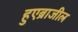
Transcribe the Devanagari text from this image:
हुएब्राजील